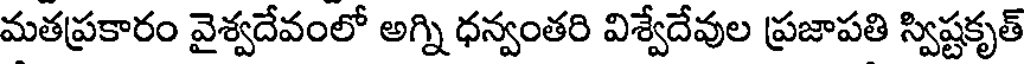
మతప్రకారం వైశ్వదేవంలో అగ్ని ధన్వంతరి విశ్వేదేవుల ప్రజాపతి స్విష్టకృత్